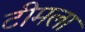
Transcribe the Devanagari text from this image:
टीमला